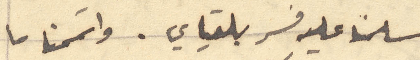
سلمنا عليه فسر بلقياي. واتممنا ما